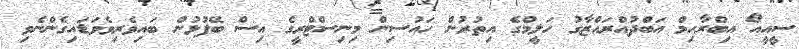
ސީއީއޯ އިބްރާހިމް އަބްދުއްރައްޒާގު ހަލީމްގެ އިތުރުން ހައުސިން މިނިސްޓްރީގެ އިސް ބޭފުޅުން ބައިވެރިވެވަޑައިގެންނެވި